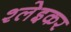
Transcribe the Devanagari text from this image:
श्लेइकर